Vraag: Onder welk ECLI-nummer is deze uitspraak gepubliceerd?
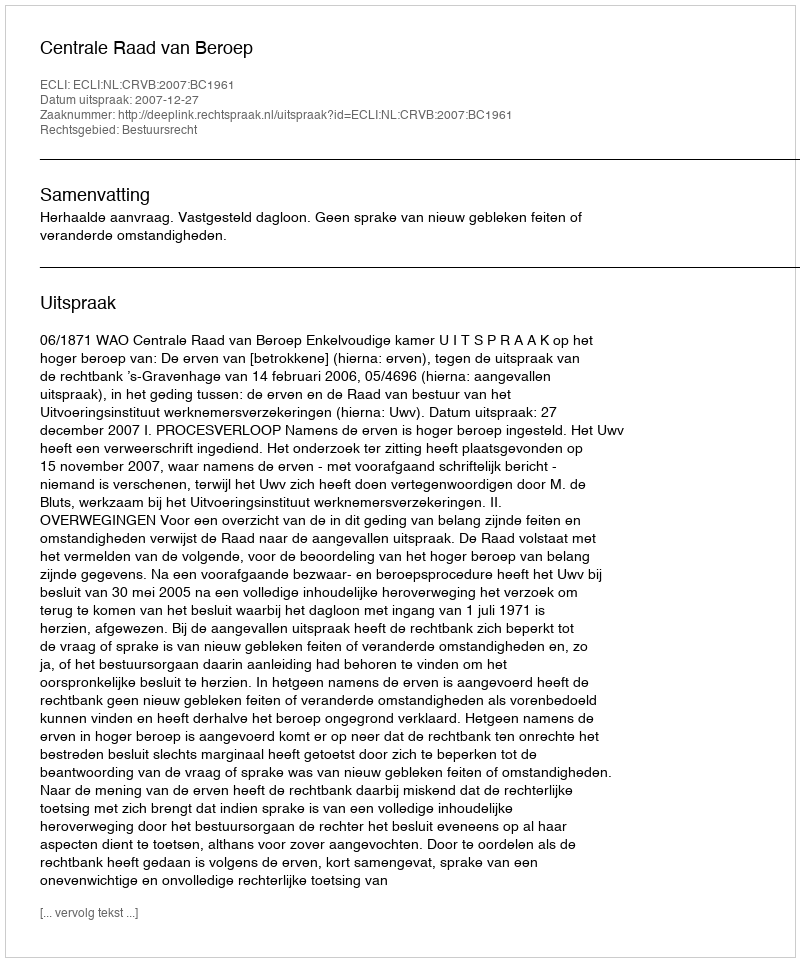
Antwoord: ECLI:NL:CRVB:2007:BC1961